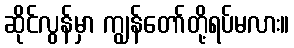
ဆိုင်လွန်မှာ ကျွန်တော်တို့ရပ်မလား။